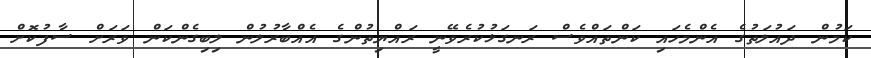
ކަމުން ދައުލަތުގެ އެންމެހައި ކަންތައްވެސް ރަނގަޅުކުރެވޭނީ ރައްޔިތުންގެ އެއްބާރުލުން ލިބިގެންކަން ވަރަށް ސާފުކޮށް